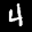
Label: 4